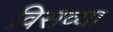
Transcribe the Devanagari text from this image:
विसव्या